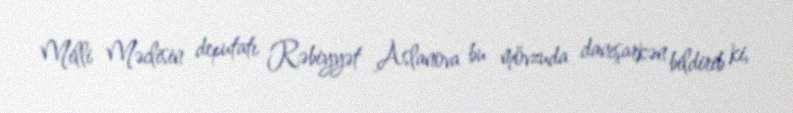
Milli Məclisin deputatı Rəbiyyət Aslanova bu mövzuda danışarkən bildirib ki,